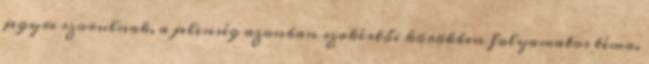
jegyre szorulnak, a jelenség azonban szakértői körökben folyamatos téma.